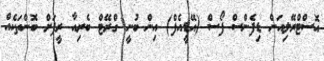
އޮސްޓްރޭލިއަން ޑިފެންސް ފޯސް (އޭޑީއެފް) އިން ބުނީ ގްރޭޓް ބެރިއާ ރީފަށް ބޮންތަކެއް